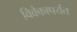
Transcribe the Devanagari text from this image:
विवेकापर्यंत